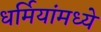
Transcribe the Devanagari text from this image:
धर्मियांमध्ये